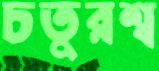
চতুরশ্ব